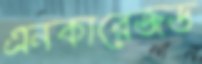
এনকারেজড